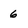
Character: 6